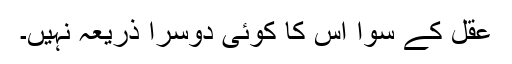
عقل کے سوا اس کا کوئی دوسرا ذریعہ نہیں۔